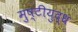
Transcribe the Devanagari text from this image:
मुष्टीयुद्ध